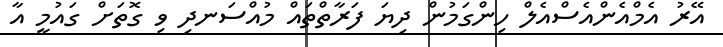
އޭރު އެމްއެންއެސްއެލް ހިންގަމުން ދިޔަ ފަރާތްތައް މުއްސަނދި ވި ގޮތަށް ގައުމީ އާ